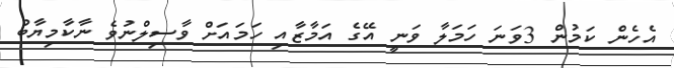
އެހެން ކަމުން 3ވަނަ ހަމަލާ ވަނީ އޭގެ އަމާޒާއި ހަމައަށް ވާސިލްނުވެ ނާކާމިޔާބު